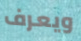
ويعرف